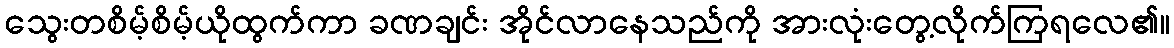
သွေးတစိမ့်စိမ့်ယိုထွက်ကာ ခဏချင်း အိုင်လာနေသည်ကို အားလုံးတွေ့လိုက်ကြရလေ၏။